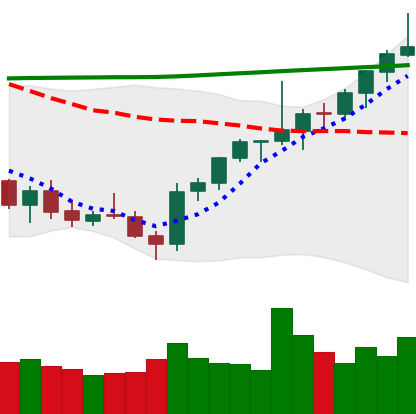
Ticker: ETH-USD
Chart end date: 2021-08-01
Forward return: 12.846%
Label: up_7plus